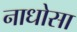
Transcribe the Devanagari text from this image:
नाधोसा